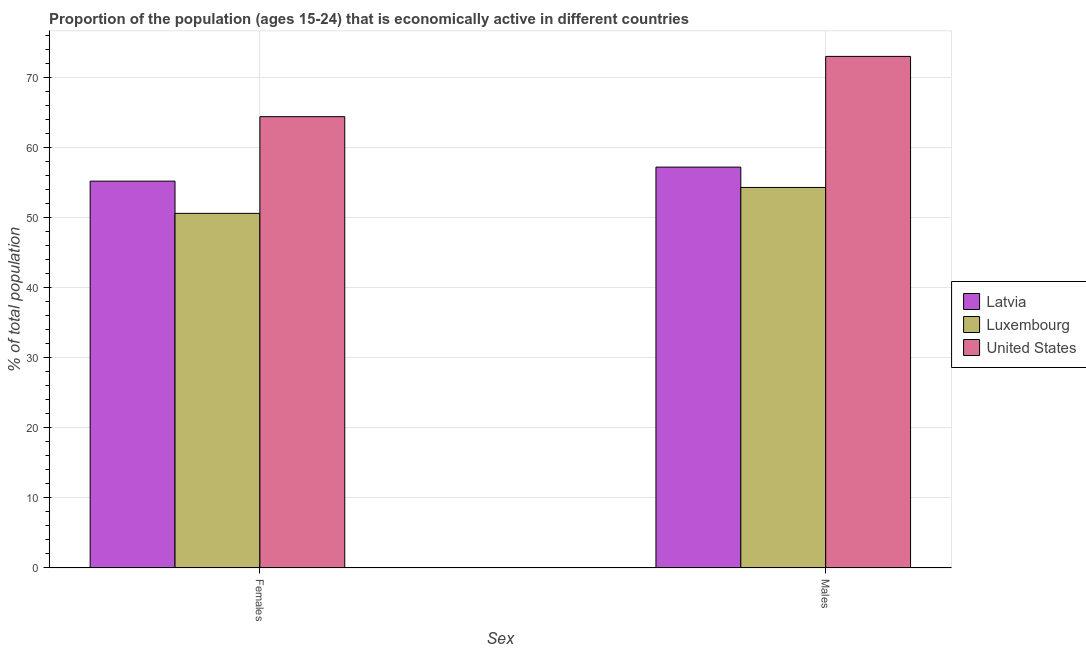
| Sex | Latvia | Luxembourg | United States |
 | --- | --- | --- | --- |
 | Females | 55.2 | 50.6 | 64.4 |
 | Males | 57.2 | 54.3 | 73 |